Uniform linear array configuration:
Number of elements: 16
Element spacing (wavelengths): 1
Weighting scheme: hamming
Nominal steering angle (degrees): -30
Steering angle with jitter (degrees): -29.093
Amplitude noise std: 0.05
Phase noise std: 0.05

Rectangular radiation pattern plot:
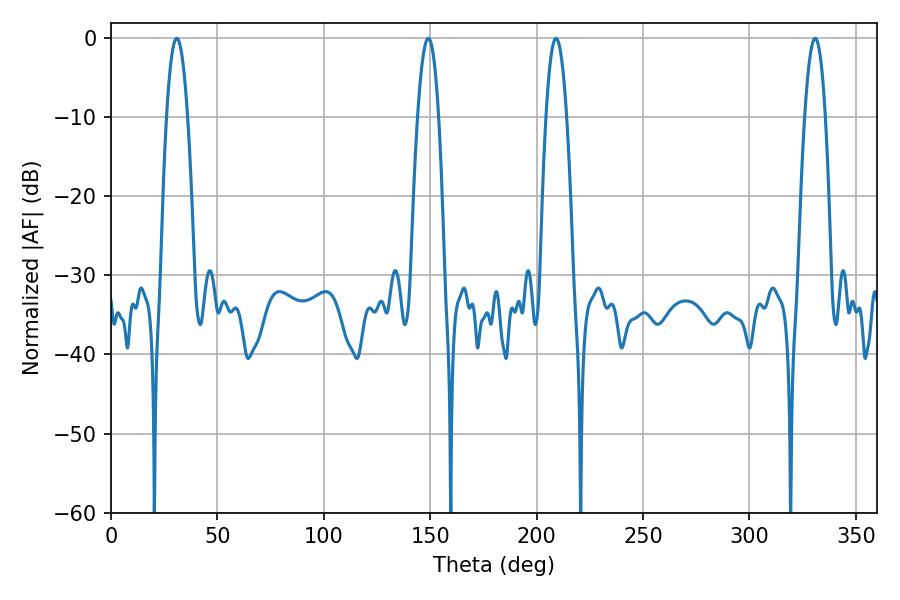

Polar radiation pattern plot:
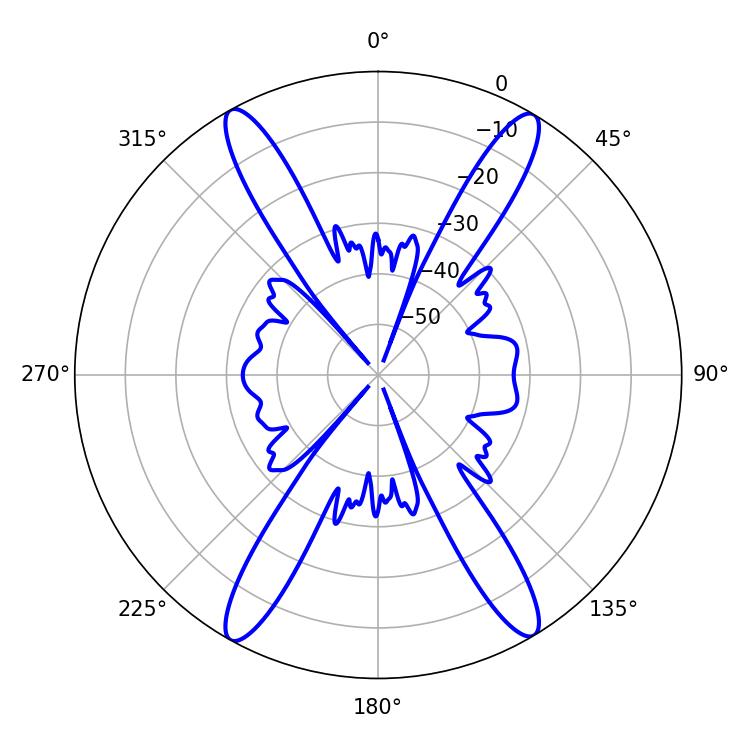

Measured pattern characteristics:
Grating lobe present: TRUE
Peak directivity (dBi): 24.275
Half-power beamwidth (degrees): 5.4
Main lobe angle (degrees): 209.16